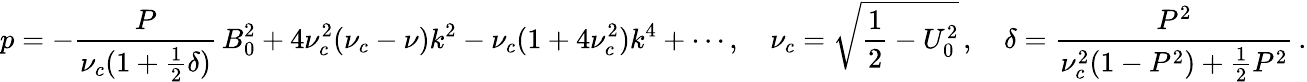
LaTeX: p=-\frac{P}{\nu_{c}(1+\frac{1}{2}\delta)}\, B_{0}^{2}+4\nu_{c}^{2}(\nu_{c}-\nu)k^{2}-\nu_{c}(1+4\nu_{c}^{2})k^{4}+\cdots,\quad\nu_{c}=\sqrt{\frac{1}{2}-U_{0}^{2}}\, ,\quad\delta=\frac{P^{2}}{\nu_{c}^{2}(1-P^{2})+\frac{1}{2}P^{2}}\, .